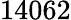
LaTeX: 14062